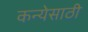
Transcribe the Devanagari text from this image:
कन्येसाठी